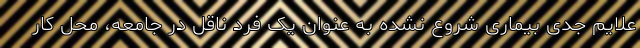
علایم جدی بیماری شروع نشده به عنوان یک فرد ناقل در جامعه، محل کار